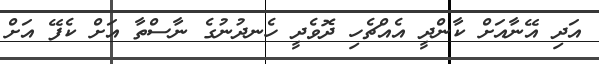
އަދި އޭނާއަށް ކާންދީ އެއްޗެހި ދޮވެދީ ހެނދުނުގެ ނާސްތާ އަށް ކެފޭ އަށް